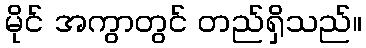
မိုင် အကွာတွင် တည်ရှိသည်။